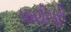
પાણીપૂરી